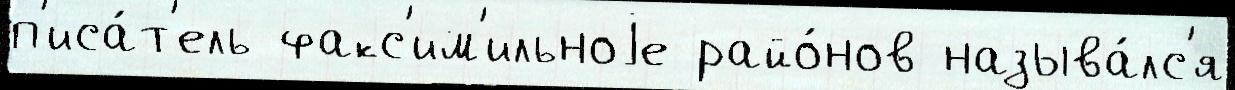
п'иса́т'ель факс'им'ильноjе райо́нов называ́лс'я